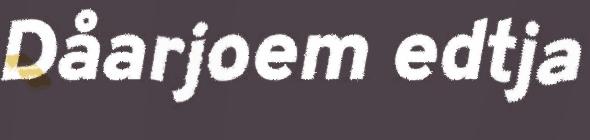
Dåarjoem edtja